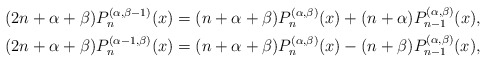
\begin{align*} (2n+\alpha+\beta) P_{n}^{(\alpha,\beta-1)}(x) &=(n+\alpha+\beta)P_n^{(\alpha,\beta)}(x)+(n+\alpha)P_{n-1}^{(\alpha,\beta)}(x) ,\\ (2n+\alpha+\beta) P_{n}^{(\alpha-1,\beta)}(x) &=(n+\alpha+\beta)P_{n}^{(\alpha,\beta)}(x)-(n+\beta)P_{n-1}^{(\alpha,\beta)}(x) ,\end{align*}